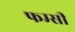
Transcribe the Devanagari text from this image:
फम्सी